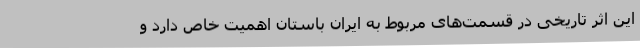
این اثر تاریخی در قسمت‌های مربوط به ایران باستان اهمیت خاص دارد و